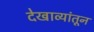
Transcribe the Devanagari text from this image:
देखाव्यांतून